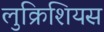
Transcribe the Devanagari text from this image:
लुक्रिशियस